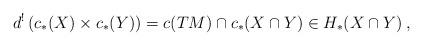
LaTeX: \begin{align*} d^!\left( c_*(X) \times c_*(Y) \right) = c(TM)\cap c_*(X\cap Y) \in H_*(X\cap Y)\:, \end{align*}